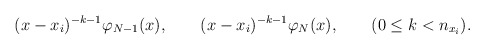
\begin{align*}(x-x_{i})^{-k-1} \varphi_{N-1}(x), \qquad (x-x_{i})^{-k-1}\varphi_{N}(x), \qquad (0 \le k < n_{x_{i}}).\end{align*}